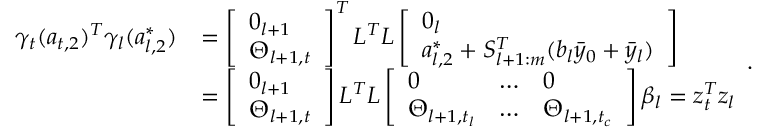
\begin{array} { r l } { \gamma _ { t } ( a _ { t , 2 } ) ^ { T } \gamma _ { l } ( a _ { l , 2 } ^ { * } ) } & { = \left[ \begin{array} { l } { 0 _ { l + 1 } } \\ { \Theta _ { l + 1 , t } } \end{array} \right] ^ { T } L ^ { T } L \left[ \begin{array} { l } { 0 _ { l } } \\ { a _ { l , 2 } ^ { * } + S _ { l + 1 : m } ^ { T } ( b _ { l } \bar { y } _ { 0 } + \bar { y } _ { l } ) } \end{array} \right] } \\ & { = \left[ \begin{array} { l } { 0 _ { l + 1 } } \\ { \Theta _ { l + 1 , t } } \end{array} \right] L ^ { T } L \left[ \begin{array} { l l l } { 0 } & { \dots } & { 0 } \\ { \Theta _ { l + 1 , t _ { l } } } & { \dots } & { \Theta _ { l + 1 , t _ { c } } } \end{array} \right] \beta _ { l } = z _ { t } ^ { T } z _ { l } } \end{array} .